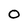
Character: 0